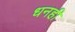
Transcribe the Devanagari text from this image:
धनही